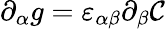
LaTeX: \partial_{\alpha}g=\varepsilon_{\alpha\beta}\partial_{\beta}\mathcal{C}